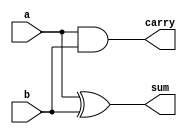
module halfadd(input a,b,output sum,carry);

assign sum = a ^ b;
assign carry = a & b;

endmodule


module halfadd_tb;

reg a,b;
wire sum,carry;

halfadd dut(.a(a),.b(b),.sum(sum),.carry(carry));

initial begin
  
  $monitor("time = %0t | a = %b | b = %b | sum = %b | carry = %b",$time,a,b,sum,carry);

a=0; b=0;  #2;
a=0; b=0;  #2;
a=0; b=1;  #2;
a=0; b=1;  #2;
a=1; b=0;  #2;
a=1; b=0;  #2;
a=0; b=1;  #2;
a=1; b=1;  #2;

end
  initial begin
    $dumpfile("halfadd.vcd");
    $dumpvars(1,halfadd_tb);
  end
  
endmodule